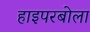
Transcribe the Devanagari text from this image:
हाइपरबोला